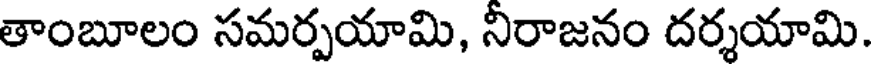
తాంబూలం సమర్పయామి, నిరాజనం దర్శయామి.